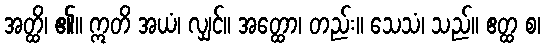
အတ္ထိ၊ ၏။ ဣတိ အယံ၊ လျှင်။ အတ္ထော၊ တည်း။ သေသံ၊ သည်။ ဧတ္ထ စ၊